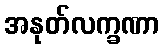
အနုတ်လက္ခဏာ